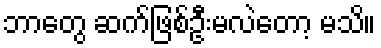
ဘာတွေ ဆက်ဖြစ်ဦးမလဲတော့ မသိ။